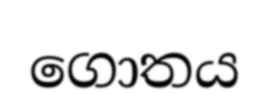
ගොතය